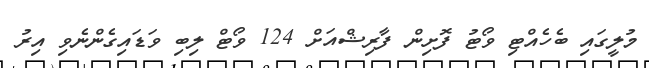
މުލީގައި ބެހެއްޓި ވޯޓު ފޮށިން ފާރިޝްއަށް 124 ވޯޓް ލިބި ވަޑައިގެންނެވި އިރު